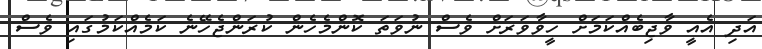
އަދި އެއީ ވާޖިބެއްކަމަށް ހީވާވަރަށް ވެސް ނުވަތަ ކޮންމެހެން ކުރަންޖެހޭނެ ކަމެއްކަމުގައި ވެސް